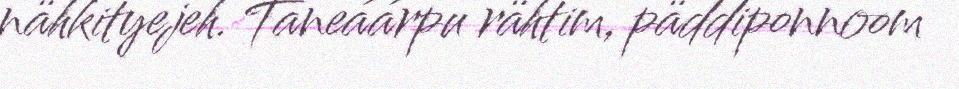
nähkityejeh. Taneáárpu rähtim, päddiponnoom